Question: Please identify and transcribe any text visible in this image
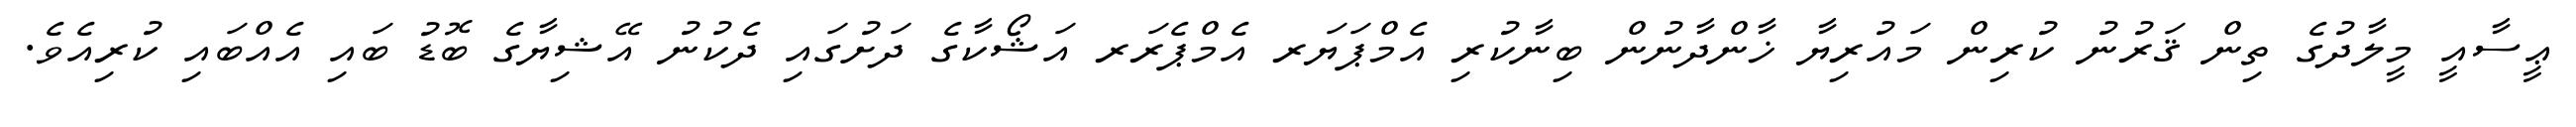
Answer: ޢީސާއީ މީލާދުގެ ތިން ޤަރުނު ކުރިން މައުރިޔާ ޚާންދާނުން ބިނާކުރި އެމްޕަޔަރ އެމްޕެރަރ އަޝޯކާގެ ދަށުގައި ދެކުނު އޭޝިޔާގެ ބޮޑު ބައި އެއްބައި ކުރިއެވެ.